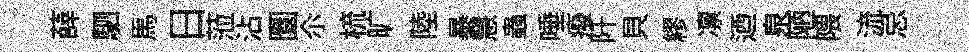
薛駟馬日蒞沾圜尒梳旷陸暴慧蟲唾癈阡貝繆凛迺泉陋隈流忌